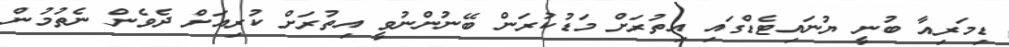
ޑިމަރިއާ ބުނީ ޔުނައިޓެޑްގައި އިތުރަށް މަޑުކުރަން ބޭނުންނުވީ އިތުރަށް ކުރިއަށް ދެވެން ނެތުމުން